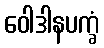
ဝေါဒါနပက္ခံ